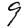
Digit: 9